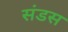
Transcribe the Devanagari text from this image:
संडस